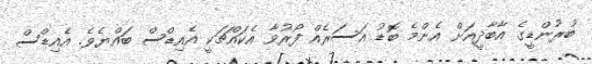
ބުރުންޑީގެ އާބާދީއަށް އެންމެ ބޮޑު އަސަރެއް ފޯރުވާ އެކައްޗަކީ އެއިޑްސް ބައްޔެވެ. އެއިޑްސް